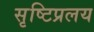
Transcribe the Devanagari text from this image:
सृष्टिप्रलय